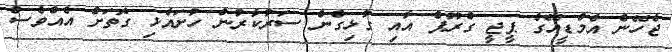
ޖެހޭނެ އެމްޑީއޭގެ ޕީޖީ ގްރޫޕް އާއި ގުޅިގެން ސަރުކާރުން ހުށައެޅި ގޮތަށް އެއްވެސް